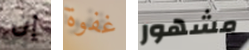
إن غفوة مشهور